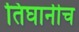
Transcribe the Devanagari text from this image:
तिघानीच